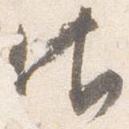
御